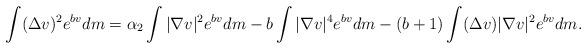
LaTeX: \begin{align*} \int (\Delta v)^2 e^{bv}dm = \alpha_2 \int |\nabla v|^2 e^{bv}dm - b\int |\nabla v|^4 e^{bv}dm -(b+1)\int (\Delta v)|\nabla v|^2 e^{bv}dm. \end{align*}